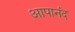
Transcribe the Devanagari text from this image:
आपानंद